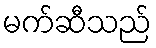
မက်ဆီသည်